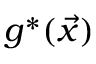
g ^ { \ast } ( \vec { x } )